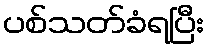
ပစ်သတ်ခံရပြီး